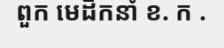
ពួក មេដឹកនាំ ខ. ក .